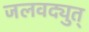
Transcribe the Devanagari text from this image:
जलवद्युत्‌